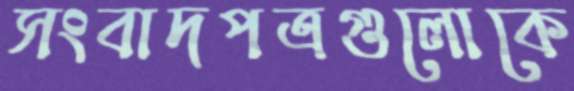
সংবাদপত্রগুলোকে